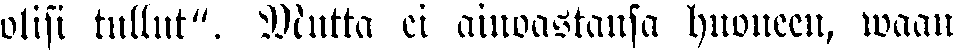
olisi tullut". Miitta ei ainoastansa huoneen, waan